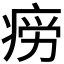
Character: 𭼎